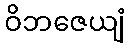
ဝိဘဇေယျံ